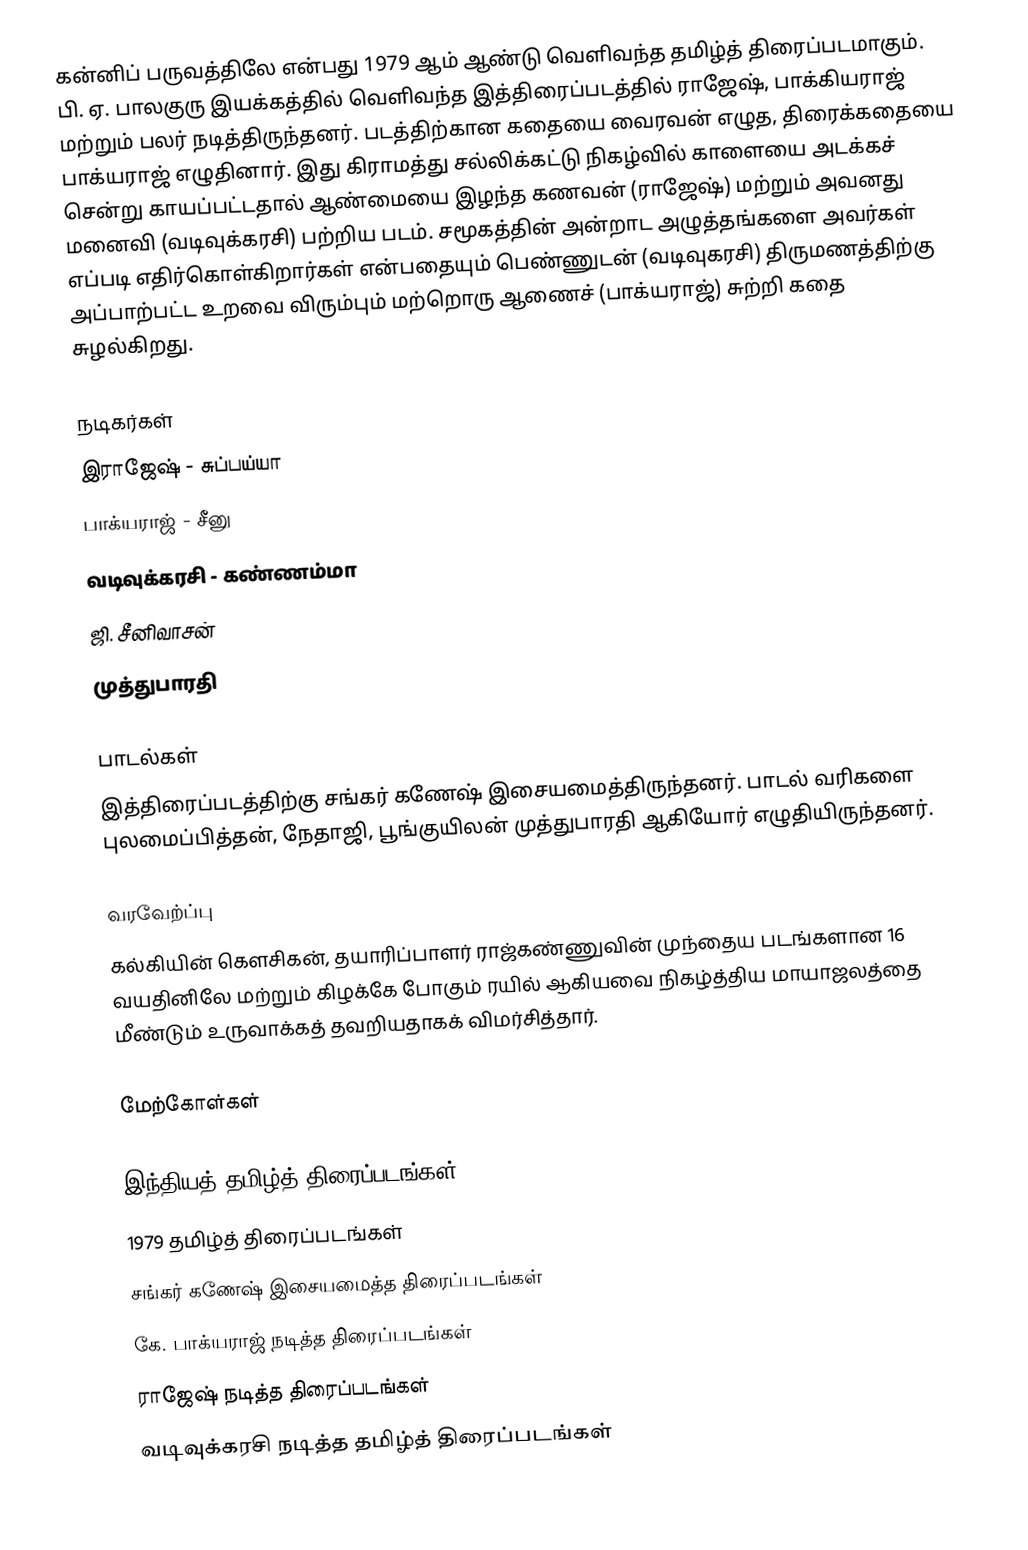
கன்னிப் பருவத்திலே என்பது 1979 ஆம் ஆண்டு வெளிவந்த தமிழ்த் திரைப்படமாகும். பி. ஏ. பாலகுரு இயக்கத்தில் வெளிவந்த இத்திரைப்படத்தில் ராஜேஷ், பாக்கியராஜ் மற்றும் பலர் நடித்திருந்தனர். படத்திற்கான கதையை வைரவன் எழுத, திரைக்கதையை பாக்யராஜ் எழுதினார். இது கிராமத்து சல்லிக்கட்டு நிகழ்வில் காளையை அடக்கச் சென்று காயப்பட்டதால் ஆண்மையை இழந்த கணவன் (ராஜேஷ்) மற்றும் அவனது மனைவி (வடிவுக்கரசி) பற்றிய படம். சமூகத்தின் அன்றாட அழுத்தங்களை அவர்கள் எப்படி எதிர்கொள்கிறார்கள் என்பதையும் பெண்ணுடன் (வடிவுகரசி) திருமணத்திற்கு அப்பாற்பட்ட உறவை விரும்பும் மற்றொரு ஆணைச் (பாக்யராஜ்) சுற்றி கதை சுழல்கிறது.

நடிகர்கள்
 இராஜேஷ் - சுப்பய்யா
 பாக்யராஜ் - சீனு
 வடிவுக்கரசி - கண்ணம்மா
 ஜி. சீனிவாசன்
 முத்துபாரதி

பாடல்கள்
இத்திரைப்படத்திற்கு சங்கர் கணேஷ் இசையமைத்திருந்தனர். பாடல் வரிகளை புலமைப்பித்தன், நேதாஜி, பூங்குயிலன் முத்துபாரதி ஆகியோர் எழுதியிருந்தனர்.

வரவேற்ப்பு
கல்கியின் கௌசிகன், தயாரிப்பாளர் ராஜ்கண்ணுவின் முந்தைய படங்களான 16 வயதினிலே மற்றும் கிழக்கே போகும் ரயில் ஆகியவை நிகழ்த்திய மாயாஜலத்தை மீண்டும் உருவாக்கத் தவறியதாகக் விமர்சித்தார்.

மேற்கோள்கள்

இந்தியத் தமிழ்த் திரைப்படங்கள்
1979 தமிழ்த் திரைப்படங்கள்
சங்கர் கணேஷ் இசையமைத்த திரைப்படங்கள்
கே. பாக்யராஜ் நடித்த திரைப்படங்கள்
ராஜேஷ் நடித்த திரைப்படங்கள்
வடிவுக்கரசி நடித்த தமிழ்த் திரைப்படங்கள்